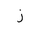
Letter: _zay